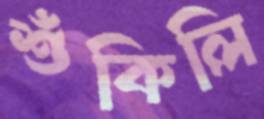
শুঁকিলি